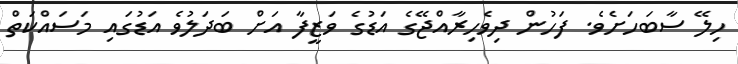
ހިލޭ ސާބަހަށެވެ. ފަހުން ދިވެހިރާއްޖޭގެ އަޑުގެ ވަޒީފާ އަށް ބަދަލުވެ އަޑުގައި މަސައްކަތް